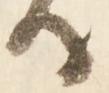
る